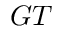
G T